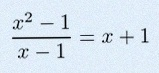
\frac{x^2-1}{x-1}=x+1